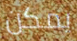
يمكن